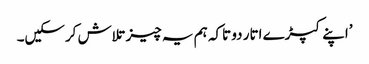
’اپنے کپڑے اتار دو تاکہ ہم یہ چیز تلاش کرسکیں۔